Malaria in India - Number 2
Disease focus: Malaria
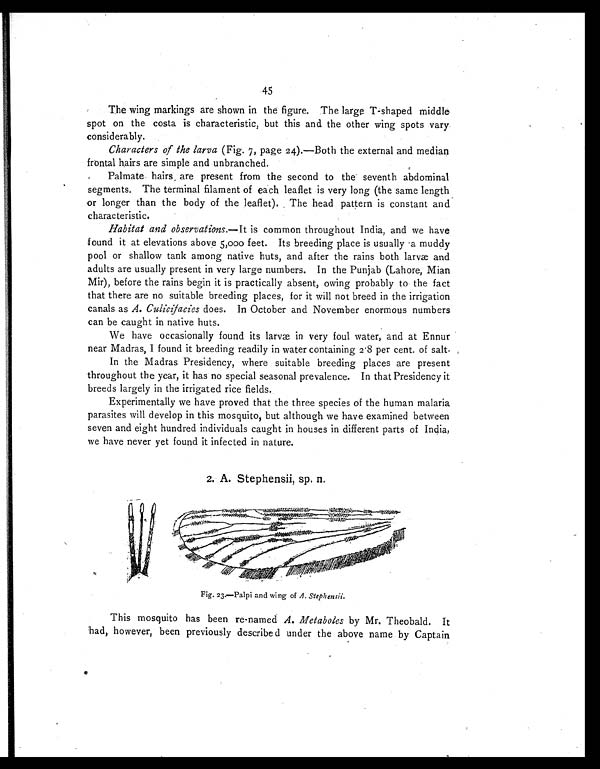
45
The wing markings are shown in the figure. The large T-shaped middle
spot on the costa is characteristic, but this and the other wing spots vary
considerably.
Characters of the larva (Fig. 7, page 24).—Both the external and median
frontal hairs are simple and unbranched.
Palmate hairs are present from the second to the seventh abdominal
segments. The terminal filament of each leaflet is very long (the same length
or longer than the body of the leaflet). The head pattern is constant and
characteristic.
Habitat and observations.—It is common throughout India, and we have
found it at elevations above 5,000 feet. Its breeding place is usually a muddy
pool or shallow tank among native huts, and after the rains both larvæ and
adults are usually present in very large numbers. In the Punjab (Lahore, Mian
Mir), before the rains begin it is practically absent, owing probably to the fact
that there are no suitable breeding places, for it will not breed in the irrigation
canals as A. Culicifacies does. In October and November enormous numbers
can be caught in native huts.
We have occasionally found its larvæ in very foul water, and at Ennur
near Madras, I found it breeding readily in water containing 2 . 8 per cent. of salt.
In the Madras Presidency, where suitable breeding places are present
throughout the year, it has no special seasonal prevalence. In that Presidency it
breeds largely in the irrigated rice fields.
Experimentally we have proved that the three species of the human malaria
parasites will develop in this mosquito, but although we have examined between
seven and eight hundred individuals caught in houses in different parts of India,
we have never yet found it infected in nature.
2. A. Stephensii, sp. n.
Fig. 23.—Palpi and wing of A. Stephensii.
This mosquito has been re-named A. Metaboles by Mr. Theobald. It
had, however, been previously described under the above name by Captain